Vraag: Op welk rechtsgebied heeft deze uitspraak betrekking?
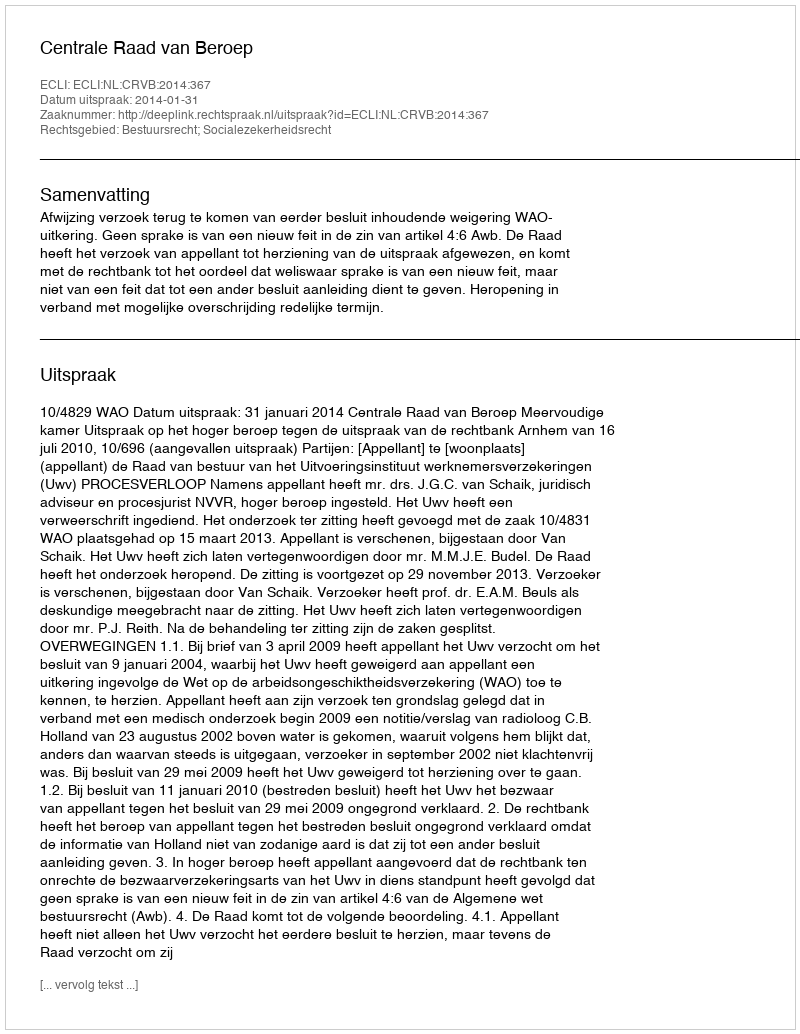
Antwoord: Bestuursrecht; Socialezekerheidsrecht